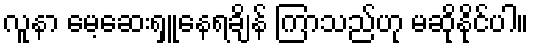
လူနာ မေ့ဆေးရှူနေရချိန် ကြာသည်ဟု မဆိုနိုင်ပါ။